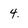
Character: 4